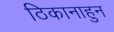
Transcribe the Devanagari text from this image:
ठिकानाहुन